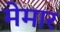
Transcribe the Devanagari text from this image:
मेमार